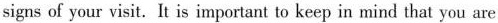
signs of your visit. It is important to keep in mind that you are